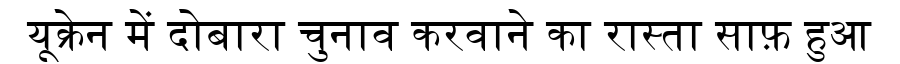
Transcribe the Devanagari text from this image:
यूक्रेन में दोबारा चुनाव करवाने का रास्ता साफ़ हुआ